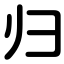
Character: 归